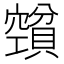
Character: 𰷕